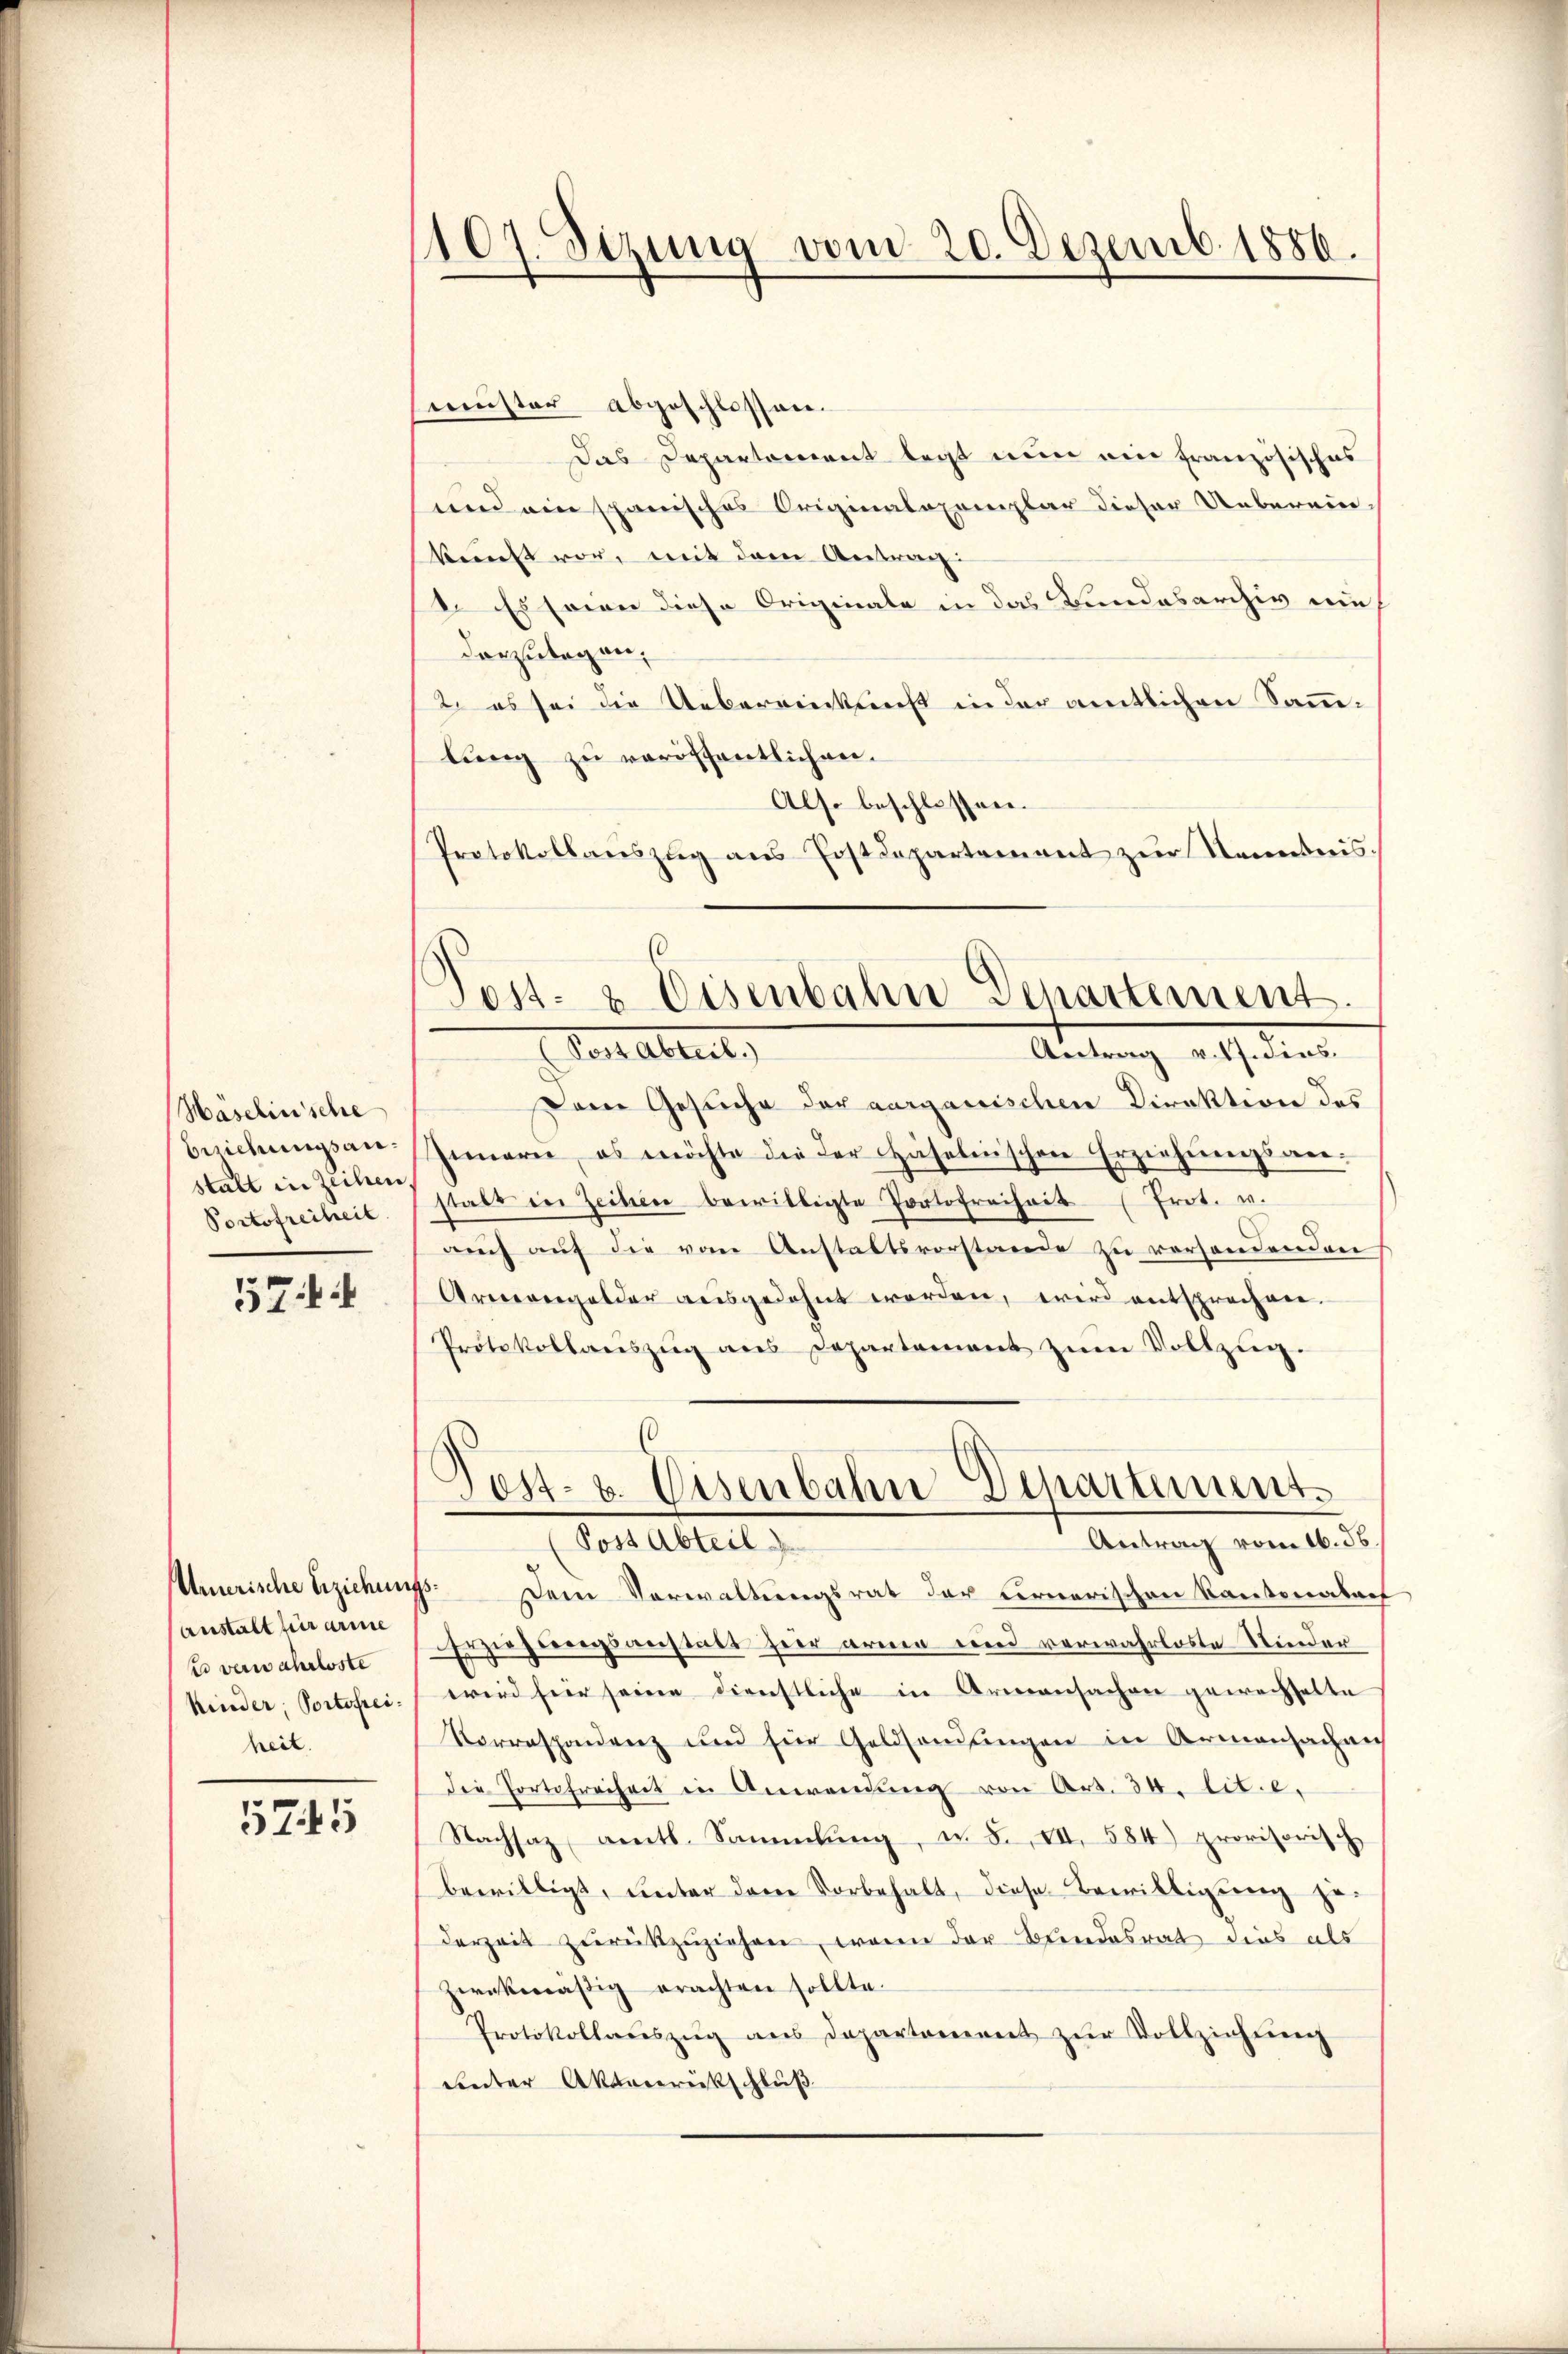
Häselinsche
Beichungsanstalt in Zechen,
Portofreiheit

57

Amerische Erziehung
Anstalt für arme
ed verwahrloste
Kinder, Portofreiheit.

5745

1107. Sezung vom 20. Dezemb. 1886.

muster abgeschlossen.
Das Departement legt nun ein französisches
und ein spanisches Originalexemplar dieser Ueberein-
kunft vor, weit dann Antrag
1. Es seine diese Originale in das Bundesarchiv nie
darzulegen.
2. es sei die Uebereinkunft in der amtlichen Sammlung zu veröffentlichen.
Als. beschlossen.
Protokollauszug aus Erstdepartement zur Kenntnis¬

Post- & Eisenbahn Departement.
Pect Ableib
Antrag v. M. dies

Dame Gesuche der aargauischen Direktion des
Innern, es möchte die der Haselnischen Erziehungsanstalt in Zeihen bewilligte Portofreiheit (Prot. u.
auch auf die vom Anstaltsvorstande zu verhandenden
Armengelder ausgedehnt werden, wird entsprechnen.
Protokollaŭszŭg ans Departement zŭm Vollzŭg.

Post- u. Eisenbahn Departement.
Antrag vom 16. 56
Post Abteil

Dem Verwaltungsrat der Fernerischen Kantonabach
Erzieherungsanstatt hier arme und verwahrlose Kinderwird hier seine dienstliche in Armensachen gewechselte
Korrespondenz und für Geldsendungen in Armensachen
die Portofreiheit in Anwendung von Art. 34. tit. e,
Nachsaz, amtl. Sammlung, u. F. VII. 584) provisorisch
bewilligt, unter dem Vorbehalt, diese Bewilligung jes
derzeit zŭrückzŭziehen, wenn der Bundesrat dies als
zwekmäßig erachten sollte.
Protokollaŭszŭg aŭs departement zŭr Vollziehŭng
uinter Aktenreckschluß